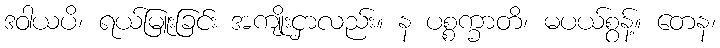
ဒဝါယပိ၊ ရယ်မြူးခြင်း အကျိုးငှာလည်း။ န ပစ္စက္ခာတိ၊ မပယ်စွန့်။ တေန၊